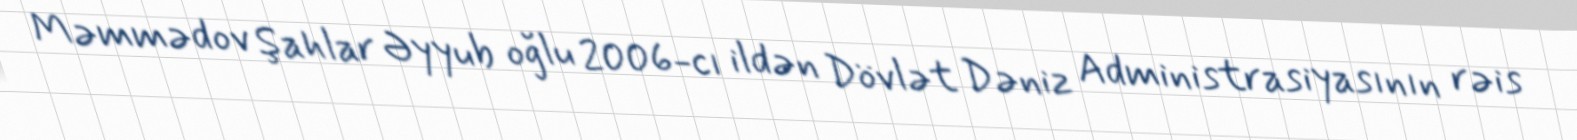
Məmmədov Şahlar Əyyub oğlu 2006-cı ildən Dövlət Dəniz Administrasiyasının rəis